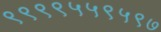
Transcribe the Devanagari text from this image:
९९९९५५९५९७